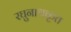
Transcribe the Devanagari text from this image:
रघुनाथकृत